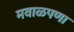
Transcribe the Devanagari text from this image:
मवाळपणा